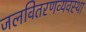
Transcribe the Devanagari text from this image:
जलवितरणव्यवस्था